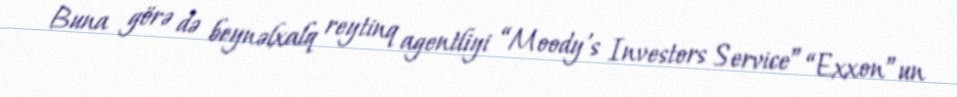
Buna görə də beynəlxalq reytinq agentliyi “Moody’s Investors Service” “Exxon”un